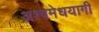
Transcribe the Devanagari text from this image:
अश्वमेधयागी